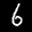
Label: 6